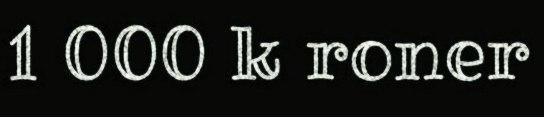
1 000 k roner